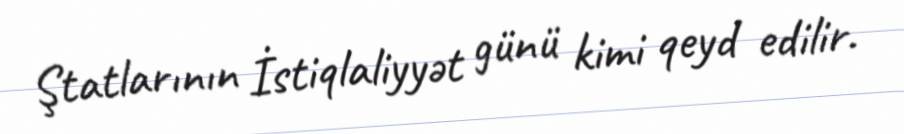
Ştatlarının İstiqlaliyyət günü kimi qeyd edilir.